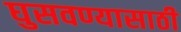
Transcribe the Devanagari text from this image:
घुसवण्यासाठी